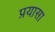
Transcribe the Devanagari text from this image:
प्रयासा